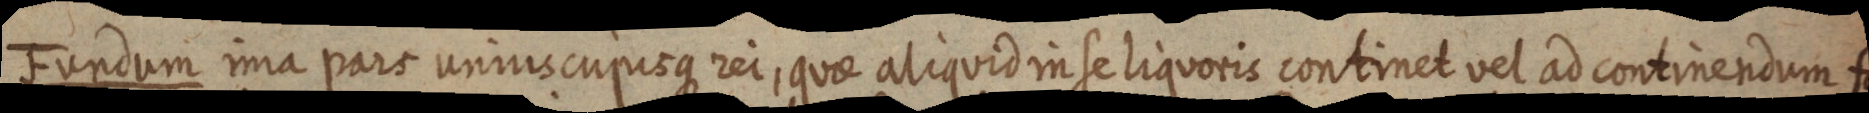
Fundum ima pars unmicupisque rei, quae aliquid in se liquoris continet vel ad continendum fa